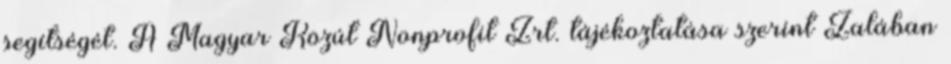
segítségét. A Magyar Közút Nonprofit Zrt. tájékoztatása szerint Zalában